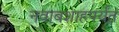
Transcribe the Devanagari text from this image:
नवाबशाहपर्यंत